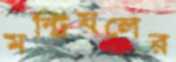
মন্ট্রিয়লের